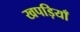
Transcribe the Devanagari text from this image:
खपड़ियाँ